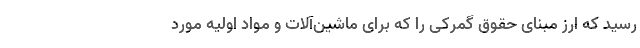
رسید که ارز مبنای حقوق گمرکی را که برای ماشین‌آلات و مواد اولیه مورد